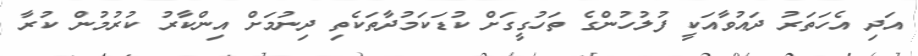
އަދި އެހަތަރު ދައުވާއަކީ ފުލުހުންގެ ތަހުގީގަށް ކުޑަކަމުދާތަކެތި ދިނުމަށް އިންކާރު ކުރުމުން ކުރާ